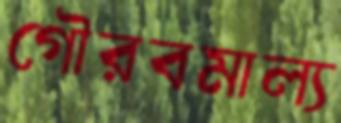
গৌরবমাল্য